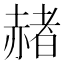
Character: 赭